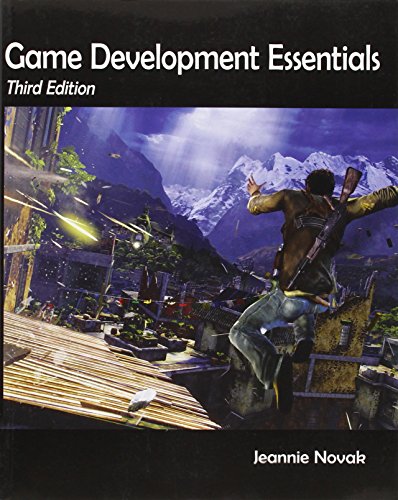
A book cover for Game Development Essentials: An Introduction; Jeannie Novak; Arts & Photography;